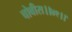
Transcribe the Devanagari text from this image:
चोवीस।।४९।।